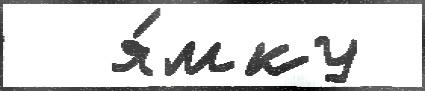
  я́мку